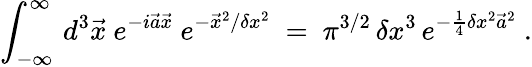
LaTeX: \int_{-\infty}^{\infty}\, d^{3}\vec{x}\ e^{-i\vec{a}\vec{x}}\ e^{-\vec{x}^{2}/\delta x^{2}}\ =\ \pi^{3/2}\, \delta x^{3}\, e^{-\frac{1}{4}\delta x^{2}\vec{a}^{2}}\ .